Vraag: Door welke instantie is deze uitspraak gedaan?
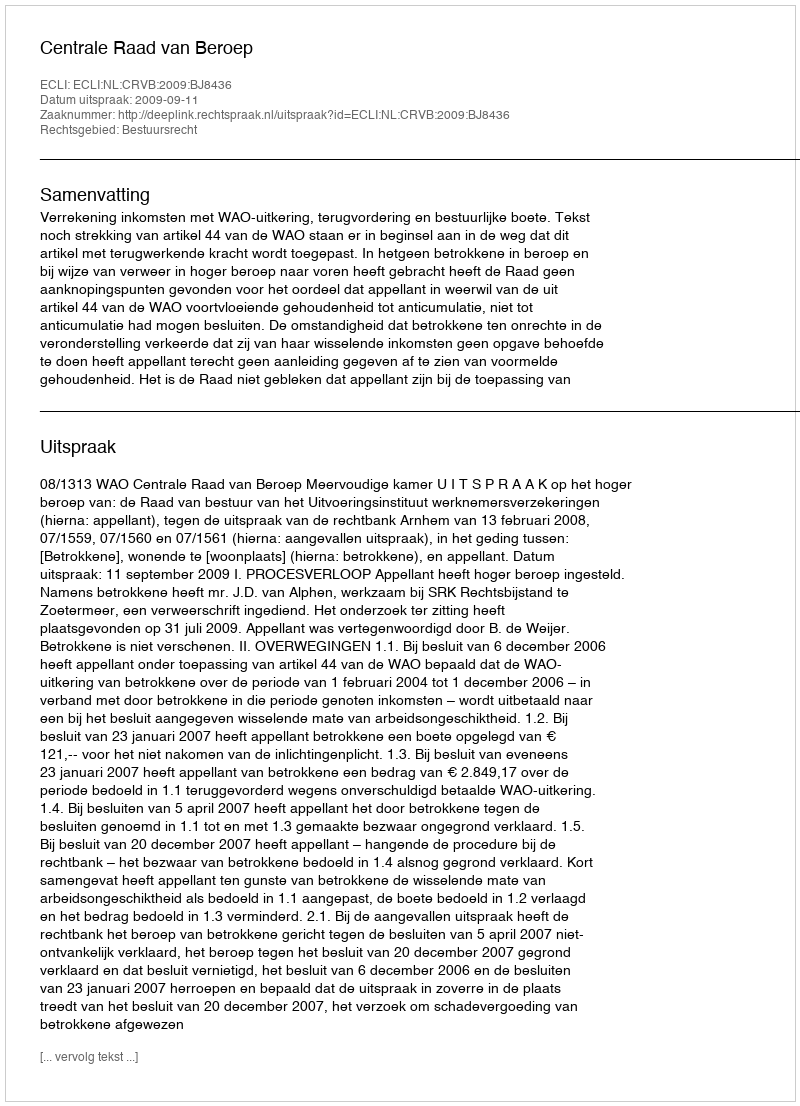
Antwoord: Centrale Raad van Beroep